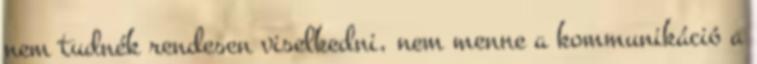
nem tudnék rendesen viselkedni, nem menne a kommunikáció a